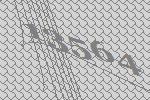
13564